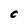
Character: c